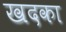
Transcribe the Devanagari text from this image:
खदका